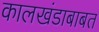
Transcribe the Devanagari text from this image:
कालखंडाबाबत